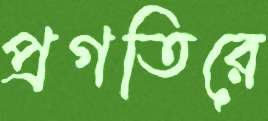
প্রগতিরে